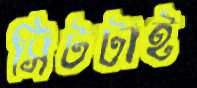
সিটটাই